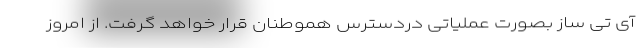
آی تی ساز بصورت عملیاتی دردسترس هموطنان قرار خواهد گرفت. از امروز